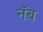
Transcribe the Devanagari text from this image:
नॅब